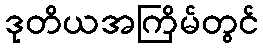
ဒုတိယအကြိမ်တွင်